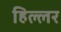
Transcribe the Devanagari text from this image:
हिल्लर